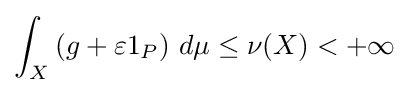
\int _{X}\left(g+\varepsilon 1_{P}\right)\,d\mu \leq \nu (X)<+\infty